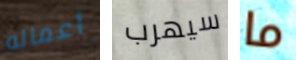
أعماله سيهرب ما